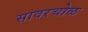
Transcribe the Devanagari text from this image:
सावरचोळ